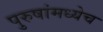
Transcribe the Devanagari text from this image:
पुरुषांमध्येच